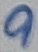
Text: 9